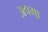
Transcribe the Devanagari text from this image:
अपगा